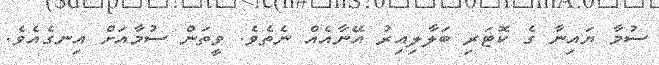
ސުމާ ޔައިނާ ގެ ކޮޓަރި ބަލާލިއިރު އޭނާއެއް ނެތެވެ. ވީތަން ސުމާއަށް އިނގެއެވެ.